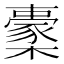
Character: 㯻